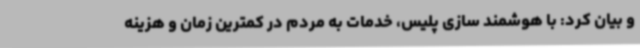
و بیان کرد: با هوشمند سازی پلیس، خدمات به مردم در کمترین زمان و هزینه